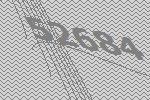
52684